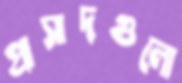
প্রাসাদগুলো